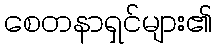
စေတနာရှင်များ၏